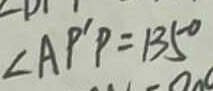
\angle A P ^ { \prime } P = 1 3 5 ^ { \circ }